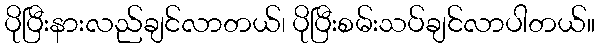
ပိုပြီးနားလည်ချင်လာတယ်၊ ပိုပြီးစမ်းသပ်ချင်လာပါတယ်။